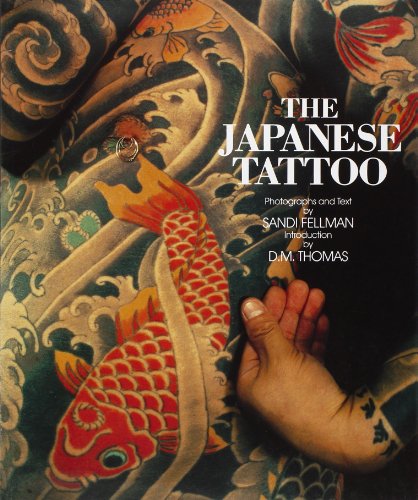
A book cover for The Japanese Tattoo; Sandi Fellman; Arts & Photography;